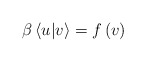
\begin{align*}\beta\left\langle u|v\right\rangle =f\left(v\right)\end{align*}